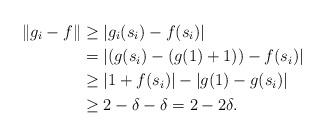
LaTeX: \begin{align*} \|g_i - f\| &\ge |g_i(s_i) - f(s_i)|\\ & = |(g(s_i) - (g(1) + 1)) - f(s_i)| \\ &\ge |1 + f(s_i)| - |g(1)-g(s_i)| \\ &\ge 2 - \delta - \delta = 2 - 2\delta. \end{align*}